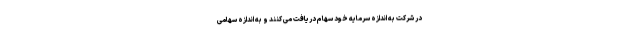
در شرکت به اندازه سرمایه خود سهام دریافت می کنند و به اندازه سهامی